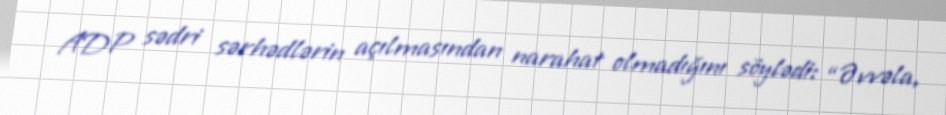
ADP sədri sərhədlərin açılmasından narahat olmadığını söylədi: “Əvvəla,